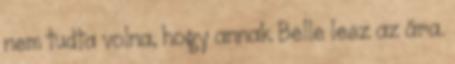
nem tudta volna, hogy annak Belle lesz az ára.